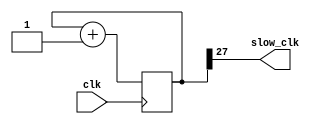
`timescale 1ns / 1ps

module ClockDivide(
input clk,
output slow_clk
    );
    
reg [31:0] counter = 0;

always@(posedge clk)
begin
    counter <= counter + 1;
end
assign slow_clk = counter[27];
endmodule